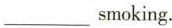
___smoking.